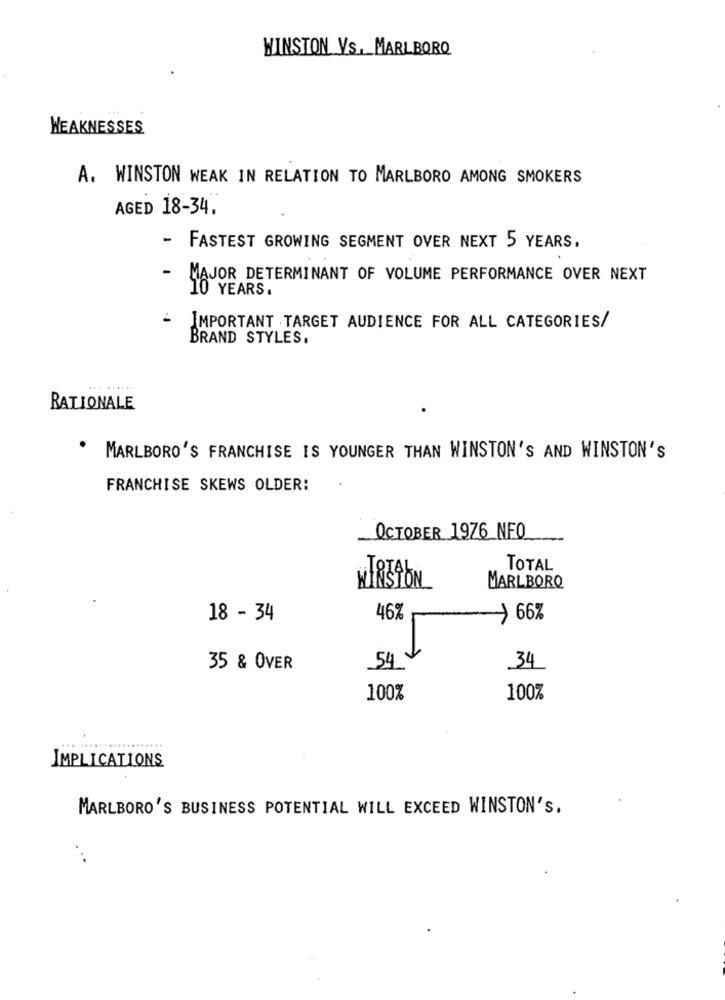
WINSTON VS. MARLBORO
WEAKNESSES
A. WINSTON WEAK IN RELATION TO MARLBORO AMONG SMOKERS
AGED 18-34.
- FASTEST GROWING SEGMENT OVER NEXT 5 YEARS,
-
MAJOR DETERMINANT OF VOLUME PERFORMANCE OVER NEXT
10 YEARS.
- IMPORTANT TARGET AUDIENCE FOR ALL CATEGORIES/
BRAND STYLES.
RATIONALE
.
MARLBORO'S FRANCHISE IS YOUNGER THAN WINSTON'S AND WINSTON'S
FRANCHISE SKEWS OLDER:
OCTOBER 1976 NFO
TOTAL
WIRJAON
MARLBORO
18 - 34
46%
-) 66%
35 & OVER
54
34
100%
100%
....
IMPLICATIONS
MARLBORO'S BUSINESS POTENTIAL WILL EXCEED WINSTON's.
. ..